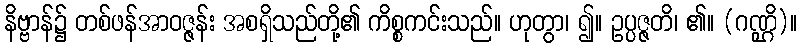
နိဗ္ဗာန်၌ တစ်ဖန်အာဝဇ္ဇန်း အစရှိသည်တို့၏ ကိစ္စကင်းသည်။ ဟုတွာ၊ ၍။ ဥပ္ပဇ္ဇတိ၊ ၏။ (ဂဏ္ဌိ)။